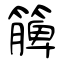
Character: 簲